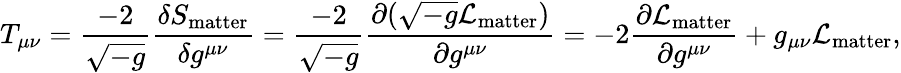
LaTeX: T_{\mu\nu}={\frac{-2}{\sqrt{-g}}}{\frac{\delta S_{\mathrm{matter}}}{\delta g^{\mu\nu}}}={\frac{-2}{\sqrt{-g}}}{\frac{\partial({\sqrt{-g}}{\mathcal{L}}_{\mathrm{matter}})}{\partial g^{\mu\nu}}}=-2{\frac{\partial{\mathcal{L}}_{\mathrm{matter}}}{\partial g^{\mu\nu}}}+g_{\mu\nu}{\mathcal{L}}_{\mathrm{matter}},